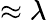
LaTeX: \approx\lambda